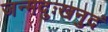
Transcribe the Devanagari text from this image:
जन्मदुःखनुदं